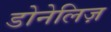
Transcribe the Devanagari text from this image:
डोनेलिज़